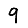
Digit: 9